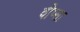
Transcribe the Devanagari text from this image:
वीप्सा